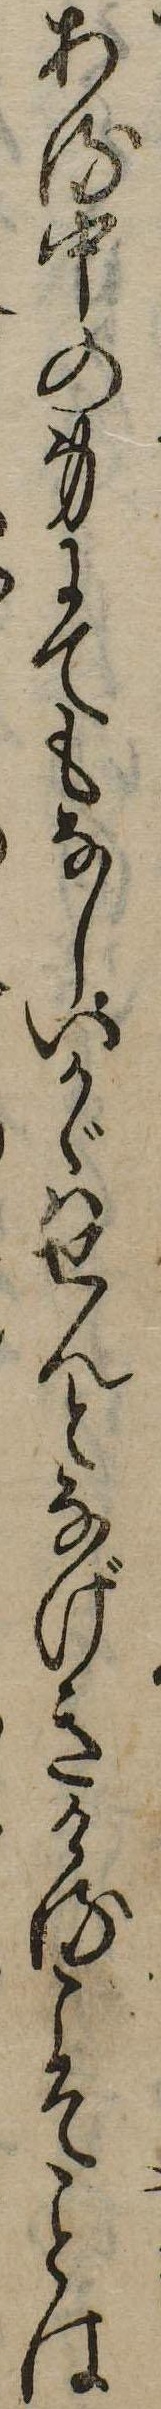
ある中の身にてもなしいかゞはせんとなげきけるこそは